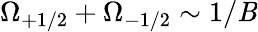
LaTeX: \Omega_{+1/2}+\Omega_{-1/2}\sim1/\mathit{B}